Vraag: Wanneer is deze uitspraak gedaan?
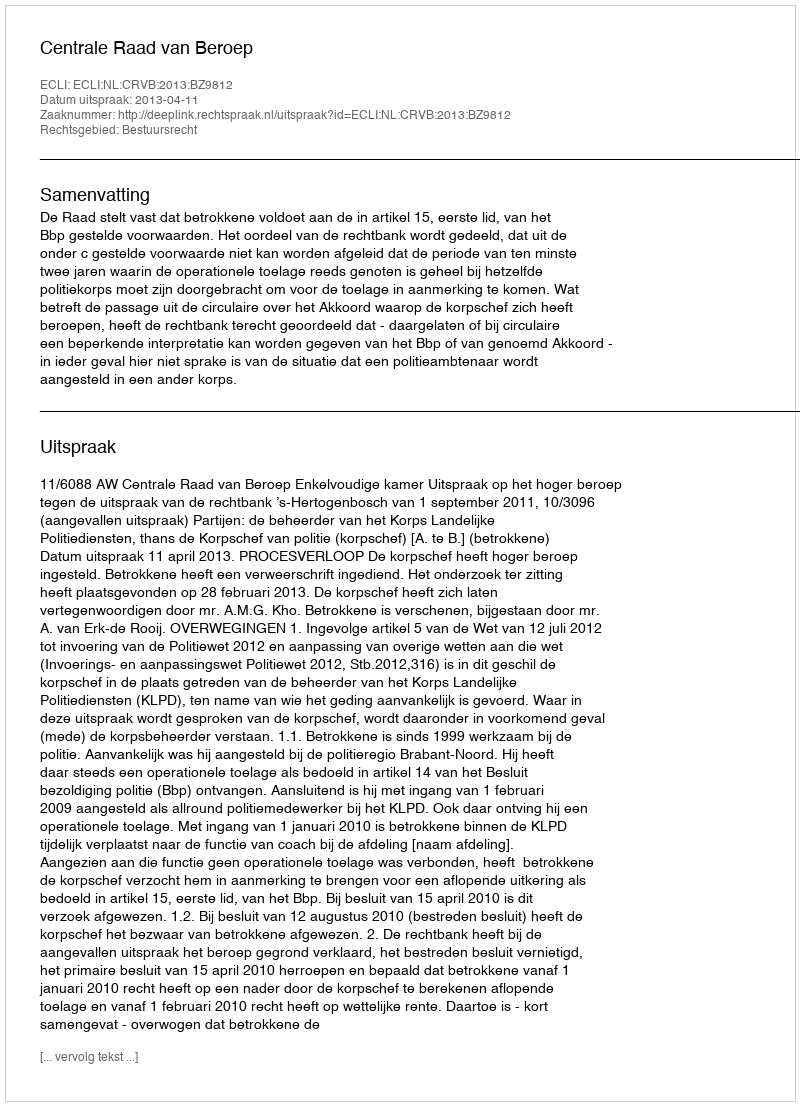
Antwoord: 2013-04-11